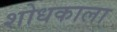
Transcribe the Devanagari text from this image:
शोधकाला